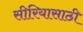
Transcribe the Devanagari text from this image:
सीरियासाठी